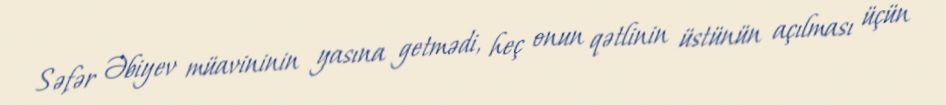
Səfər Əbiyev müavininin yasına getmədi, heç onun qətlinin üstünün açılması üçün